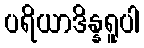
ပရိယာဒိန္နရူပါ